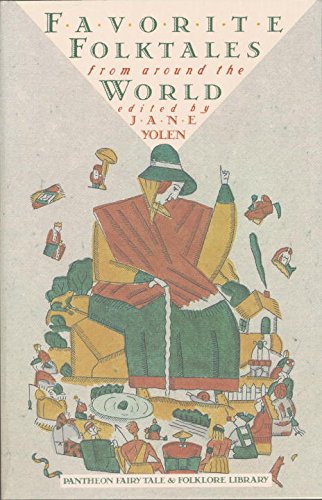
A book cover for Favorite Folktales from Around the World (The Pantheon Fairy Tale and Folklore Library); Jane Yolen; Literature & Fiction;